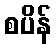
စပိန်